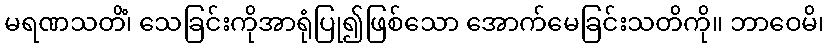
မရဏသတိံ၊ သေခြင်းကိုအာရုံပြု၍ဖြစ်သော အောက်မေခြင်းသတိကို။ ဘာဝေမိ၊